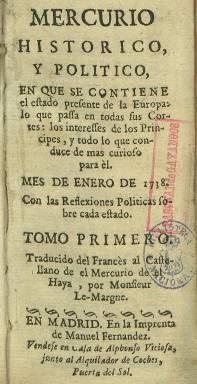
Título: Mercurio histórico y político
Colección: Revistas de información general
Ámbito geográfico: Madrid
Lugar de publicación: Madrid
Fechas: 01/01/1738-31/12/1783

Comienza a publicarse con periodicidad mensual a partir de enero de 1738, en entregas en 8º y compuestas a una columna, entre el centenar y centenar y medio de páginas, inspirado en los “mercurios” europeos (cabecera periodística tomada del clasicismo: “correos de los dioses”), que venían publicándose desde el siglo anterior. Es fundado por Salvador José Mañer (1676-1751), escritor y polemista adversario entonces de Benito Serrano Feijoo (1676-1764), que había obtenido el correspondiente privilegio de Felipe V. Su cabecera está ampliada con las leyendas “en que se contiene el estado presente de la Europa, lo que pasa en todas sus Cortes, intereses de los Príncipes, y todo lo que conduce de más curioso para el”, “con las reflexiones políticas sobre cada estado” y “traducido del francés al castellano de el Mercurio de el Haya, por Monsieur Le-Margne”, por lo que sus primeros números se redujeron prácticamente a la traducción del citado Mercure historique et politique (1686-1782) que se imprimía en La Haya, a lo que sumaba otras noticias españolas.

En un momento en el que se estaba editando una publicación con más carácter literario y cultural como Diario de los literatos de España (1737-1742), el Mercurio se emparentará más con la Gazeta de Madrid (1661), dados sus contenidos oficiales, de política internacional y militar, que se estructuran a través de epígrafes con las capitales o países europeos origen de la información, la crónica y el artículo, a lo que añade nombramientos o disposiciones de la Corona española. En el prólogo a su primera entrega, su editor había escrito que “para un cortesano que se precia de político es, no solo necesaria, sino tan precisa, que sin ella, en lo regular, no podrá hablar con fundamento a la excepción del que a costa de mayores expensas, mantiene correspondencias; y aún en este caso, no siendo Soberano o Ministro de potencia, dudo el que pueda igualarlo”.

Estampado en la Imprenta de Manuel Fernández (después lo será en la de Antonio Marín y en la Imprenta Real), en febrero de 1742 pasa a manos de Miguel José de Aoiz, y desde 1751 hasta enero de 1758, su principal redactor será Leopoldo Jerónimo Puig. Por una Real Orden de 24 de enero de 1756, la Corona se había anexionado el privilegio de su impresión, y junto a la citada Gazeta, se convertirá definitivamente en un periódico de clara orientación oficial, cuyo control, administración y censura no dependerá ni tan siquiera del Real y Supremo Consejo de Castilla, sino directamente de la Secretaría de Estado, que lo financiará, y a cuyos directores o redactores responsables nombrará en calidad de funcionarios del Estado. José Marcos lo dirigirá hasta marzo de 1763, sucediéndole Benito Bails (1730-1797), uno de los matemáticos españoles más importantes de fines del XVIII, y desde 1767, Santiago Pombo de la Torre. De marzo de 1772 a enero de 1773 lo dirigirá el poeta Tomás Iriarte (1750-1791), siendo éste sustituido por José Clavijo y Fajardo (1726-1806), quien le dará una pátina modernizadora, ampliando sus contenidos, reduciendo los artículos directamente copiados del Mercure de La Haya, o publicando noticias sobre las doctrinas de clara inspiración jansenista. Así, en su portada indicará: “compuesto de diferentes diarios, mercurios y gazetas de todos los países; y sacado de otros documentos y noticias originales”.

A partir de enero de 1784 cambia su título a Mercurio de España, cuya colección forma también parte de la Hemeroteca Digital de la Biblioteca Nacional de España. Además de las obras generales sobre el periodismo español, otras de referencia para este título son las referidas a la prensa dieciochesca española de Luis Miguel Enciso (1959) y Paul J. Guinard (1973), Francisco Aguilar Piñal (1978) y Luccienne Domergue (1981).